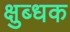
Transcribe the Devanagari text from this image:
क्षुब्धक